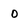
Character: 0